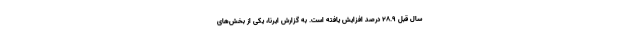
سال قبل ۲۸.۹ درصد افزایش یافته است. به گزارش ایرنا، یکی از بخش‌های